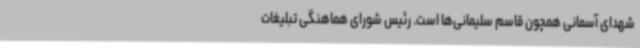
شهدای آسمانی همچون قاسم سلیمانی‌ها است. رئیس شورای هماهنگی تبلیغات